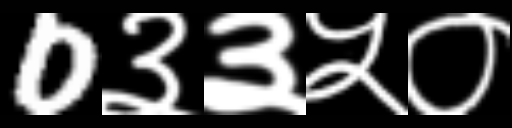
Text: 0३३५०